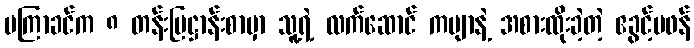
မကြာခင်က ၈ တန်းပြဋ္ဌာန်းစာမှာ သူ့ရဲ့ လက်ဆောင် ကဗျာနဲ့ အစားထိုးခဲ့တဲ့ ဧခွင့်မဖန်